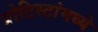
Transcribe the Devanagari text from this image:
प्रोटिस्टांमध्ये